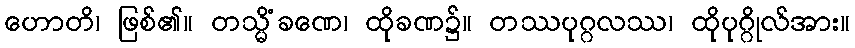
ဟောတိ၊ ဖြစ်၏။ တသ္မိံခဏေ၊ ထိုခဏ၌။ တဿပုဂ္ဂလဿ၊ ထိုပုဂ္ဂိုလ်အား။